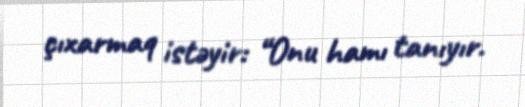
çıxarmaq istəyir: “Onu hamı tanıyır.